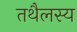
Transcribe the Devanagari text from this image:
तथैलस्य